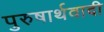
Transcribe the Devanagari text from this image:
पुरुषार्थवादी